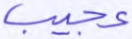
عجيب